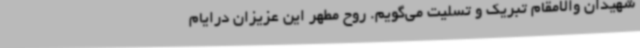
شهیدان والامقام تبریک و تسلیت می‌گویم. روح مطهر این عزیزان درایام